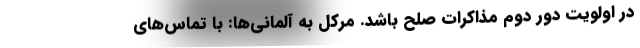
در اولویت دور دوم مذاکرات صلح باشد. مرکل به آلمانی‌ها: با تماس‌های